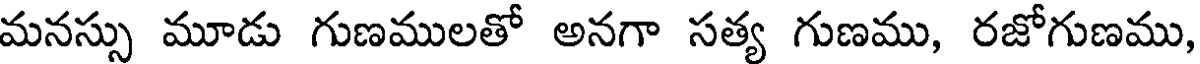
మనస్సు మూడు గుణములతో అనగా సత్య గుణము, రజోగుణము,